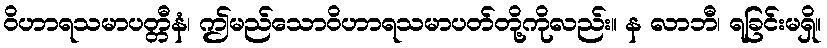
ဝိဟာရသမာပတ္တီနံ၊ ဤမည်သောဝိဟာရသမာပတ်တို့ကိုလည်း။ န လာဘီ၊ ရခြင်းမရှိ။